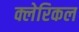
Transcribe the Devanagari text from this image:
क्लेरिकल